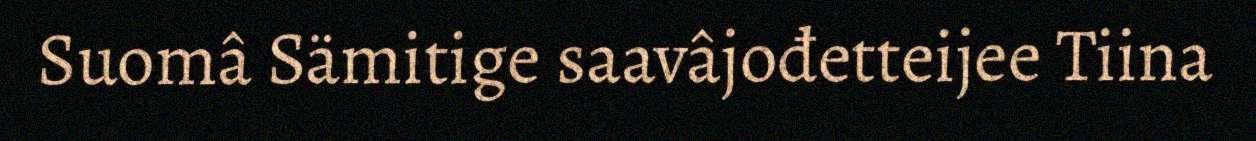
Suomâ Sämitige saavâjođetteijee Tiina